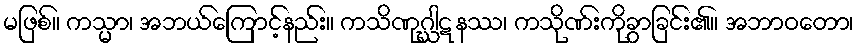
မဖြစ်။ ကသ္မာ၊ အဘယ်ကြောင့်နည်း။ ကသိဏုဂ္ဃါဋနဿ၊ ကသိုဏ်းကိုခွာခြင်း၏။ အဘာဝတော၊